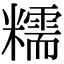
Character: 糯